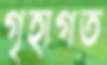
গৃহাগত